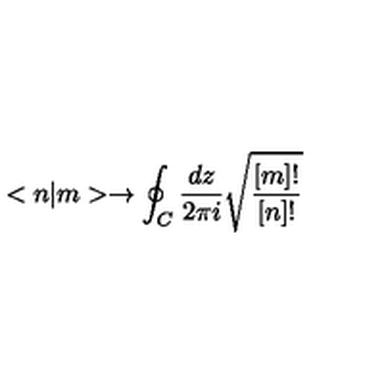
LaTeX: < n | m > \rightarrow \oint _ { C } \frac { d z } { 2 \pi i } \sqrt { \frac { [ m ] ! } { [ n ] ! } }